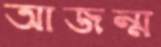
আজন্ম